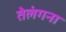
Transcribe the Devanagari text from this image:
तेलंगना